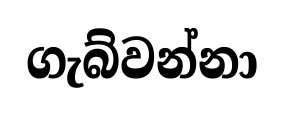
ගැබ්වන්නා